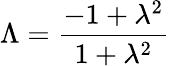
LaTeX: \Lambda=\frac{-1+\lambda^{2}}{1+\lambda^{2}}